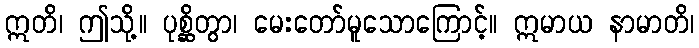
ဣတိ၊ ဤသို့။ ပုစ္ဆိတွာ၊ မေးတော်မူသောကြောင့်။ ဣမာယ နာမာတိ၊